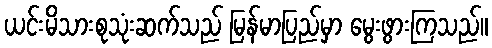
ယင်းမိသားစုသုံးဆက်သည် မြန်မာပြည်မှာ မွေးဖွားကြသည်။